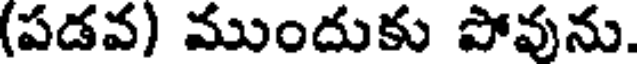
(పడవ) ముందుకు పోవును.